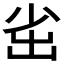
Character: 𡭲